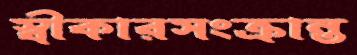
স্বীকারসংক্রান্ত